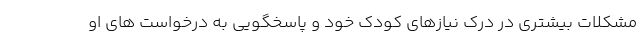
مشکلات بیشتری در درک نیازهای کودک خود و پاسخگویی به درخواست های او